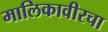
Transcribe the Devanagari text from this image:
मालिकावीरचा